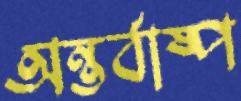
অন্তর্বাষ্প